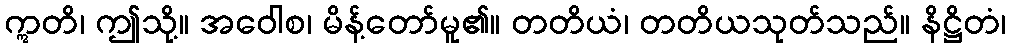
ဣတိ၊ ဤသို့။ အဝေါစ၊ မိန့်တော်မူ၏။ တတိယံ၊ တတိယသုတ်သည်။ နိဋ္ဌိတံ၊